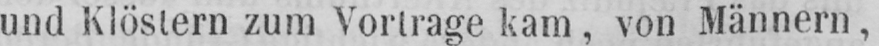
und Klöstern zum Vortrage kam, von Männern,